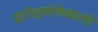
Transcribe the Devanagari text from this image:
द्रारिद्र्यरेषेखाली